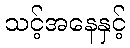
သင့်အနေနှင့်